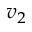
v _ { 2 }